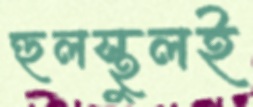
হুলস্থুলই